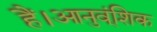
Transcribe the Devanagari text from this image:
हैं।आनुव्ंशिक